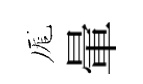
厖暈